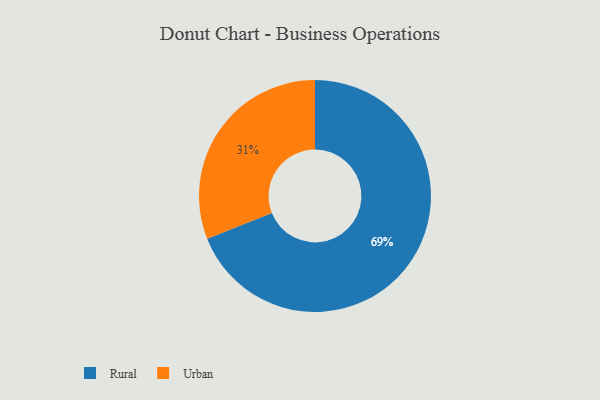
{"axis": {"x": "Category", "y": "Percentage"}, "legend": ["Rural", "Urban"], "data": [{"x": "Rural", "y": 69, "type": "Rural"}, {"x": "Urban", "y": 31, "type": "Urban"}]}